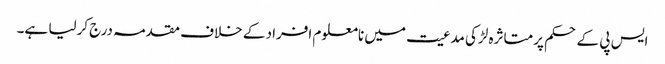
ایس پی کے حکم پر متاثرہ لڑکی مدعیت میں نامعلوم افراد کے خلاف مقدمہ درج کرلیا ہے۔